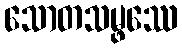
သောတသမ္ဖဿေ